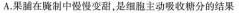
A.果脯在腌制中慢慢变甜，是细胞主动吸收糖分的结果